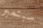
سبتمبر